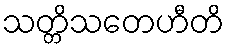
သတ္တိသတေဟီတိ